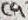
Text: C9